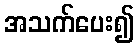
အသက်ပေး၍